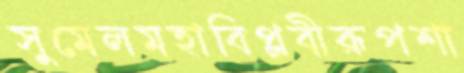
সুমেলমহাবিপ্লবীরূপশা